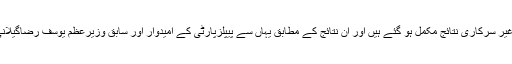
شجاع آباد کے قومی اسمبلی کے حلقے 158کے تمام پولنگ سٹیشنز کے غیر حتمی و غیر سرکاری نتائج مکمل ہو گئے ہیں اور ان نتائج کے مطابق یہاں سے پیپلزپارٹی کے امیدوار اور سابق وزیرعظم یوسف رضاگیلانی کو تحریک انصاف کے ابراہیم خان کے ہاتھوں اپ سیٹ شکست کا سامنا کرنا پڑاہے۔